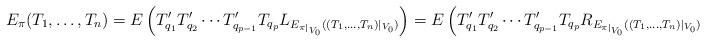
LaTeX: \begin{align*}E_\pi(T_1, \ldots, T_n)= E\left(T'_{q_1} T'_{q_2} \cdots T'_{q_{p-1}}T_{q_p} L_{E_{\pi|_{V_0}}((T_1, \ldots, T_n)|_{V_0})} \right)= E\left(T'_{q_1} T'_{q_2} \cdots T'_{q_{p-1}}T_{q_p} R_{E_{\pi|_{V_0}}((T_1, \ldots, T_n)|_{V_0})} \right).\end{align*}